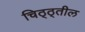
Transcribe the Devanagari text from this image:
चिठ्ठ्तील